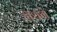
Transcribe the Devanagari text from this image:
रॉथने